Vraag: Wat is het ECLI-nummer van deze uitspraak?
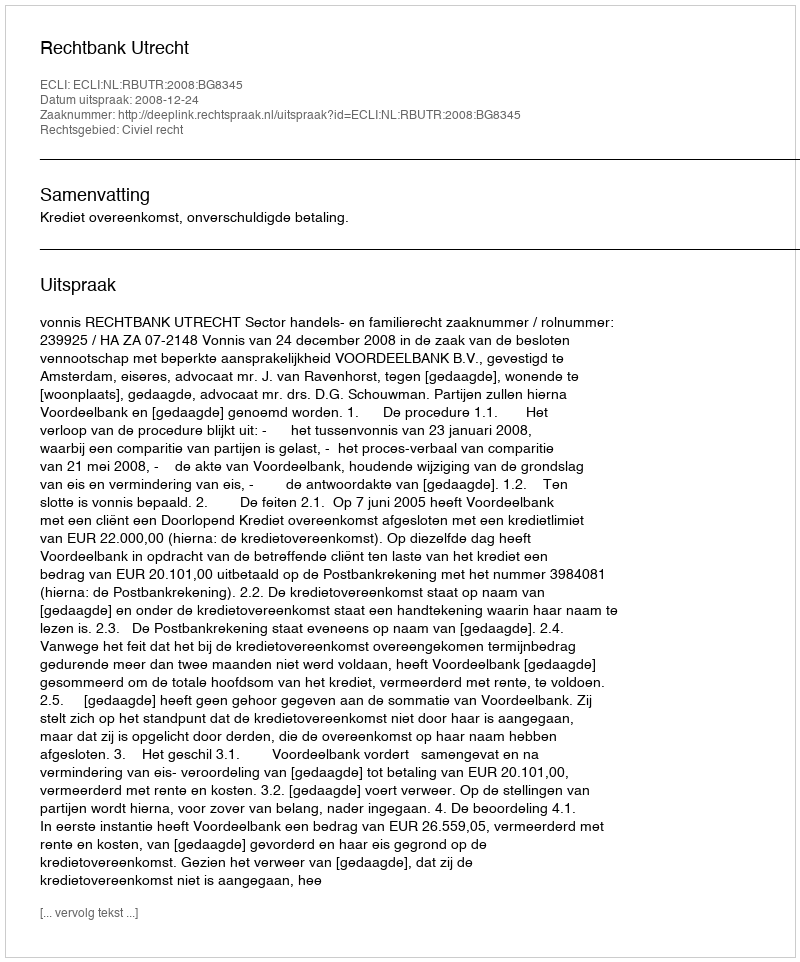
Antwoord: ECLI:NL:RBUTR:2008:BG8345